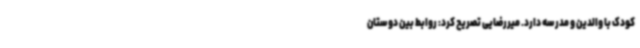
کودک با والدین و مدرسه دارد. میررضایی تصریح کرد: روابط بین دوستان